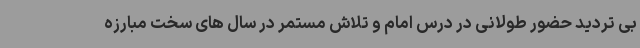
بی تردید حضور طولانی در درس امام و تلاش مستمر در سال های سخت مبارزه